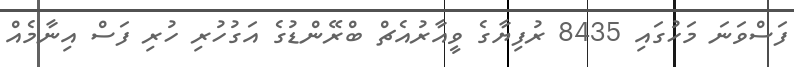
ފަސްވަނަ މަހުގައި 8435 ރުފިޔާގެ ވީއާރުއެޗް ބްރޭންޑުގެ އަގުހުރި ހުރި ފަސް އިނާމެއް